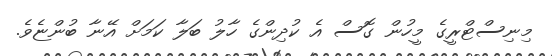
މިނިސްޓްރީގެ މީހުން ގޮސް އެ ކުދިންގެ ހާލު ބަލާ ކަމަށް އޭނާ ބުންޏެވެ.